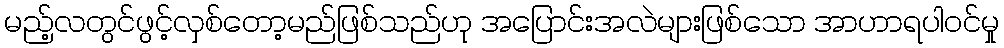
မည့်လတွင်ဖွင့်လှစ်တော့မည်ဖြစ်သည်ဟု အပြောင်းအလဲများဖြစ်သော အာဟာရပါဝင်မှု